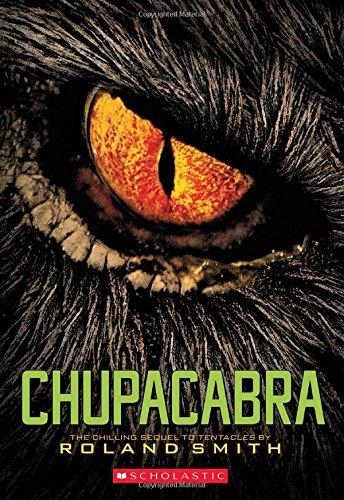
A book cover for Chupacabra (Cryptid Hunters); Roland Smith; Children's Books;